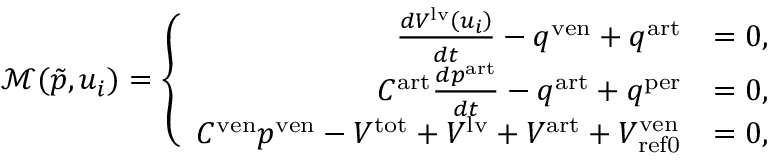
\mathcal { M } ( \tilde { p } , u _ { i } ) = \left\{ \begin{array} { r l } { \frac { d V ^ { \mathrm { l v } } \left( u _ { i } \right) } { d t } - q ^ { \mathrm { v e n } } + q ^ { \mathrm { a r t } } } & { = 0 , } \\ { C ^ { \mathrm { a r t } } \frac { d p ^ { \mathrm { a r t } } } { d t } - q ^ { \mathrm { a r t } } + q ^ { \mathrm { p e r } } } & { = 0 , } \\ { C ^ { \mathrm { v e n } } p ^ { \mathrm { v e n } } - V ^ { \mathrm { t o t } } + V ^ { \mathrm { l v } } + V ^ { \mathrm { a r t } } + V _ { \mathrm { { r e f 0 } } } ^ { \mathrm { v e n } } } & { = 0 , } \end{array} \right.